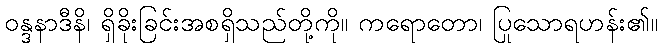
ဝန္ဒနာဒီနိ၊ ရှိခိုးခြင်းအစရှိသည်တို့ကို။ ကရောတော၊ ပြုသောရဟန်း၏။